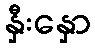
နှီးနှော